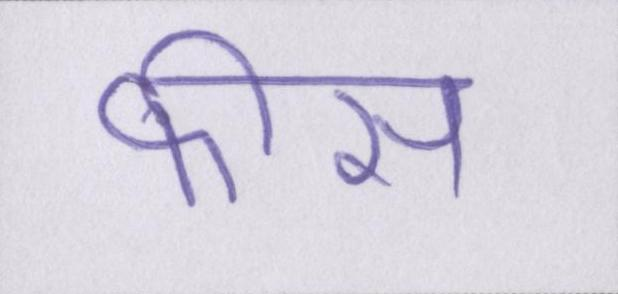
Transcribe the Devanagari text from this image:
फीस